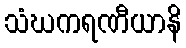
သံဃကရဏီယာနိ